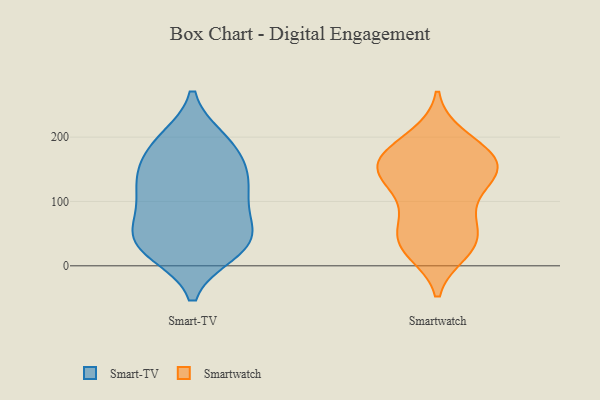
{"axis": {"x": "Production Output", "y": "Value"}, "legend": ["Smart-TV", "Smartwatch"], "data": [{"x": "", "y": 82, "type": "Smart-TV"}, {"x": "", "y": 190, "type": "Smart-TV"}, {"x": "", "y": 37, "type": "Smart-TV"}, {"x": "", "y": 46, "type": "Smart-TV"}, {"x": "", "y": 112, "type": "Smart-TV"}, {"x": "", "y": 143, "type": "Smart-TV"}, {"x": "", "y": 29, "type": "Smart-TV"}, {"x": "", "y": 113, "type": "Smart-TV"}, {"x": "", "y": 21, "type": "Smart-TV"}, {"x": "", "y": 69, "type": "Smart-TV"}, {"x": "", "y": 161, "type": "Smart-TV"}, {"x": "", "y": 22, "type": "Smart-TV"}, {"x": "", "y": 191, "type": "Smart-TV"}, {"x": "", "y": 143, "type": "Smart-TV"}, {"x": "", "y": 50, "type": "Smart-TV"}, {"x": "", "y": 196, "type": "Smart-TV"}, {"x": "", "y": 124, "type": "Smart-TV"}, {"x": "", "y": 200, "type": "Smartwatch"}, {"x": "", "y": 67, "type": "Smartwatch"}, {"x": "", "y": 36, "type": "Smartwatch"}, {"x": "", "y": 36, "type": "Smartwatch"}, {"x": "", "y": 137, "type": "Smartwatch"}, {"x": "", "y": 141, "type": "Smartwatch"}, {"x": "", "y": 167, "type": "Smartwatch"}, {"x": "", "y": 41, "type": "Smartwatch"}, {"x": "", "y": 192, "type": "Smartwatch"}, {"x": "", "y": 175, "type": "Smartwatch"}, {"x": "", "y": 96, "type": "Smartwatch"}, {"x": "", "y": 142, "type": "Smartwatch"}, {"x": "", "y": 137, "type": "Smartwatch"}, {"x": "", "y": 167, "type": "Smartwatch"}, {"x": "", "y": 83, "type": "Smartwatch"}, {"x": "", "y": 23, "type": "Smartwatch"}, {"x": "", "y": 152, "type": "Smartwatch"}, {"x": "", "y": 29, "type": "Smartwatch"}, {"x": "", "y": 154, "type": "Smartwatch"}]}